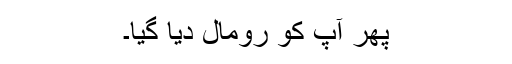
پھر آپ کو رومال دیا گیا۔